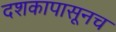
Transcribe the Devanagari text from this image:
दशकापासूनच